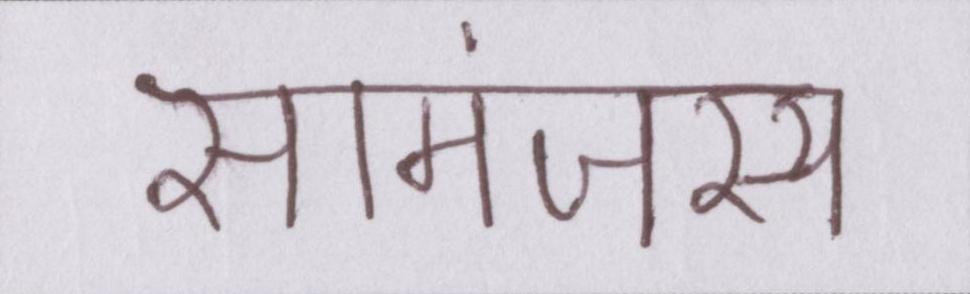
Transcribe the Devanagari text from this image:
सामंजस्य